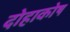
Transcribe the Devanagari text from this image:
दोहाकोष